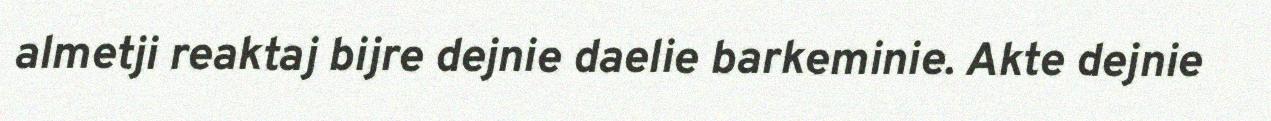
almetji reaktaj bijre dejnie daelie barkeminie. Akte dejnie